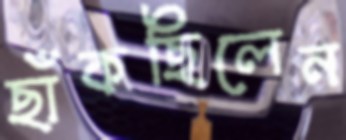
ছাঁকছিলেন